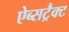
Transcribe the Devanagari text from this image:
ऐब्सट्रैक्ट